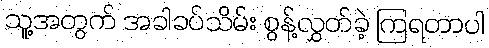
သူ့အတွက် အခါခပ်သိမ်း စွန့်လွှတ်ခဲ့ ကြရတာပါ